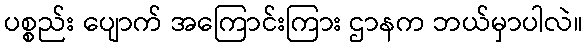
ပစ္စည်း ပျောက် အကြောင်းကြား ဌာနက ဘယ်မှာပါလဲ။